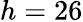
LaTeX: h=26